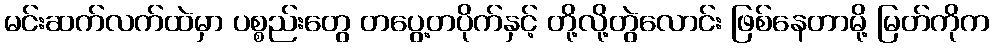
မင်းဆက်လက်ထဲမှာ ပစ္စည်းတွေ တပွေ့တပိုက်နှင့် တို့လို့တွဲလောင်း ဖြစ်နေတာမို့ မြတ်ကိုက